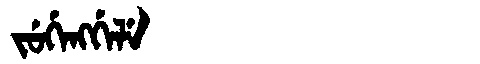
Manchu: ᠵᡠᡤᡝᠩᡤᡝᠯᡝ
Romanization: JUGENGGELE